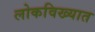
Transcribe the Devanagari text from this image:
लोकविख्यात